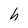
Character: h